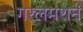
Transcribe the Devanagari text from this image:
गरलमशनं